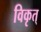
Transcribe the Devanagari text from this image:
विकृत्